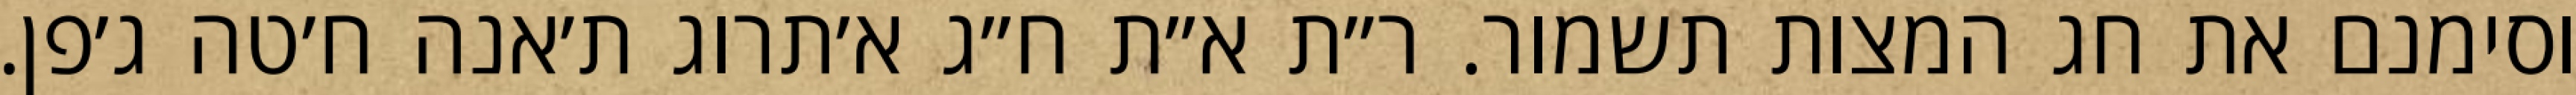
וסימנם את חג המצות תשמור. ר״ת א״ת ח״ג א׳תרוג ת׳אנה ח׳טה ג׳פן.